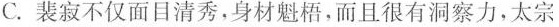
C.裴寂不仅面目清秀，身材魁梧,而且很有洞察力，太宗